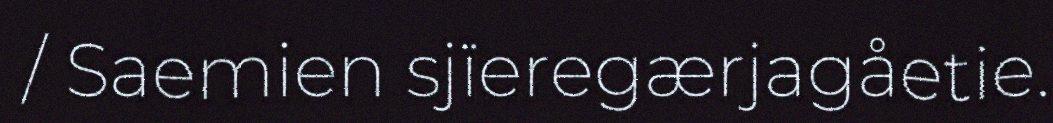
/ Saemien sjïeregærjagåetie.